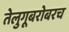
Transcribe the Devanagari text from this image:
तेलुगूबरोबरच